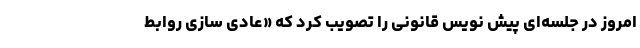
امروز در جلسه‌ای پیش نویس قانونی را تصویب کرد که «عادی سازی روابط